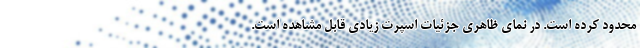
محدود کرده است. در نمای ظاهری جزئیات اسپرت زیادی قابل مشاهده است.